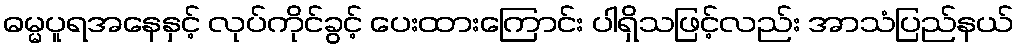
ဓမ္မပူရအနေနှင့် လုပ်ကိုင်ခွင့် ပေးထားကြောင်း ပါရှိသဖြင့်လည်း အာသံပြည်နယ်